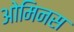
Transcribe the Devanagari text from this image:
ओमिनस